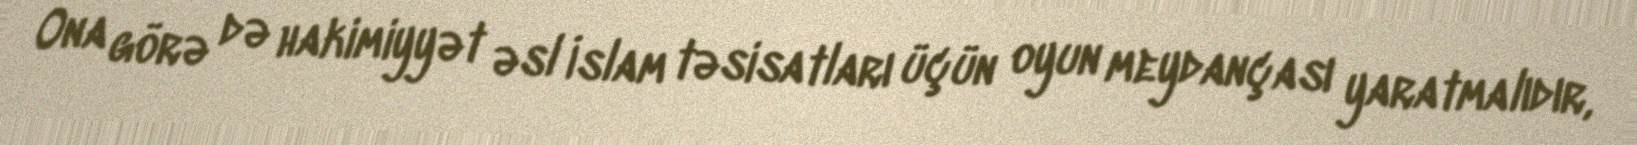
Ona görə də hakimiyyət əsl İslam təsisatları üçün oyun meydançası yaratmalıdır,